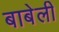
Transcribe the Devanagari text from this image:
बाबेली